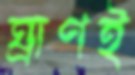
ঘ্রাণই